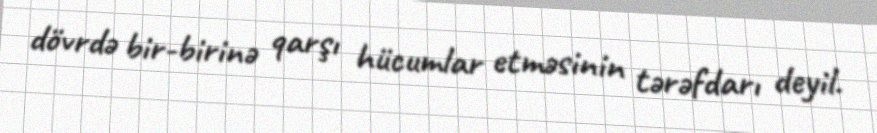
dövrdə bir-birinə qarşı hücumlar etməsinin tərəfdarı deyil.